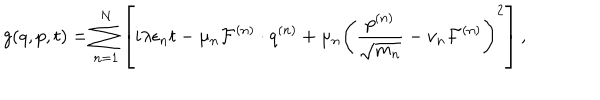
LaTeX: g ( q , p , t ) = \sum _ { n = 1 } ^ { N } \left[ i \lambda \epsilon _ { n } t - \mu _ { n } { \cal F } ^ { ( n ) } \cdot q ^ { ( n ) } + \mu _ { n } \left( \frac { p ^ { ( n ) } } { \sqrt { m _ { n } } } - \nu _ { n } { \cal F } ^ { ( n ) } \right) ^ { 2 } \right] ,